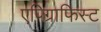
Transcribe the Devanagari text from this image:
एपिग्राफिस्ट